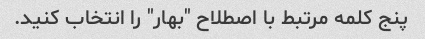
پنج کلمه مرتبط با اصطلاح "بهار" را انتخاب کنید.